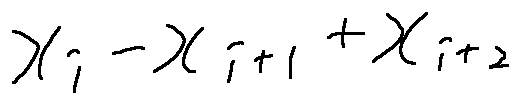
x _ { i } - x _ { i + 1 } + x _ { i + 2 }